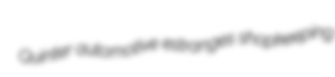
Quinter automotive estranges shopkeeping